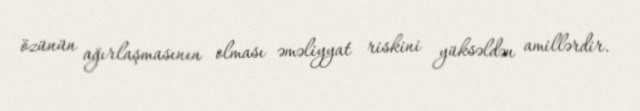
özünün ağırlaşmasının olması əməliyyat riskini yüksəldən amillərdir.